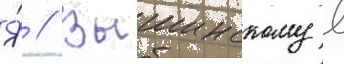
Я́ // Вышинскому в